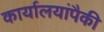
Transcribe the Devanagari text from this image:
कार्यालयांपैकी